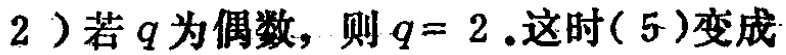
2）若$q$为偶数，则$q = 2$.这时( 5 )变成